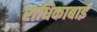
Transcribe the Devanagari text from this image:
राधिकाबाई